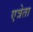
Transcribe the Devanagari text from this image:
एत्रेता